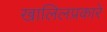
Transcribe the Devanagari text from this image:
खालिलप्रकारे